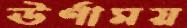
ঊর্ণাময়